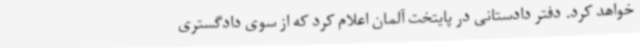
خواهد کرد. دفتر دادستانی در پایتخت آلمان اعلام کرد که از سوی دادگستری